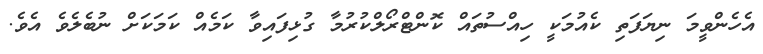
އެހެންވީމަ ނިޔަފަތި ކެއުމަކީ ހިއްސުތައް ކޮންޓްރޯލްކުރުމާ ގުޅިފައިވާ ކަމެއް ކަމަކަށް ނުބެލެވެ އެވެ.